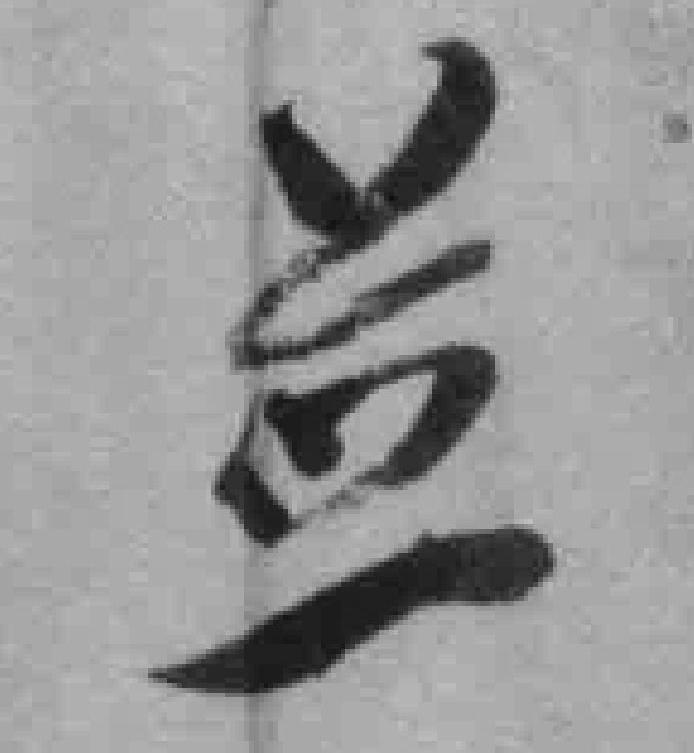
並